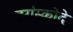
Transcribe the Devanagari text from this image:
ट्रांस्कोदे